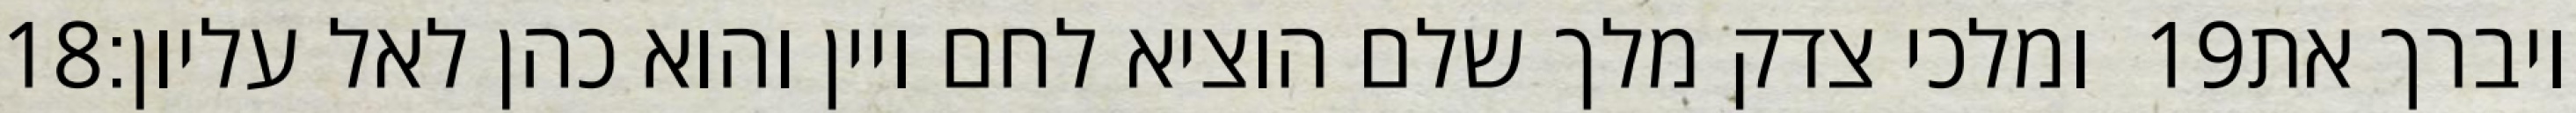
‎18‏ ומלכי צדק מלך שלם הוציא לחם ויין והוא כהן לאל עליון׃ ‎19‏ ויברך את